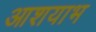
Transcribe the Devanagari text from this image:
आशयाभ